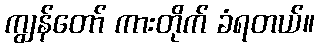
ကျွန်တော် ကားတိုက် ခံရတယ်။